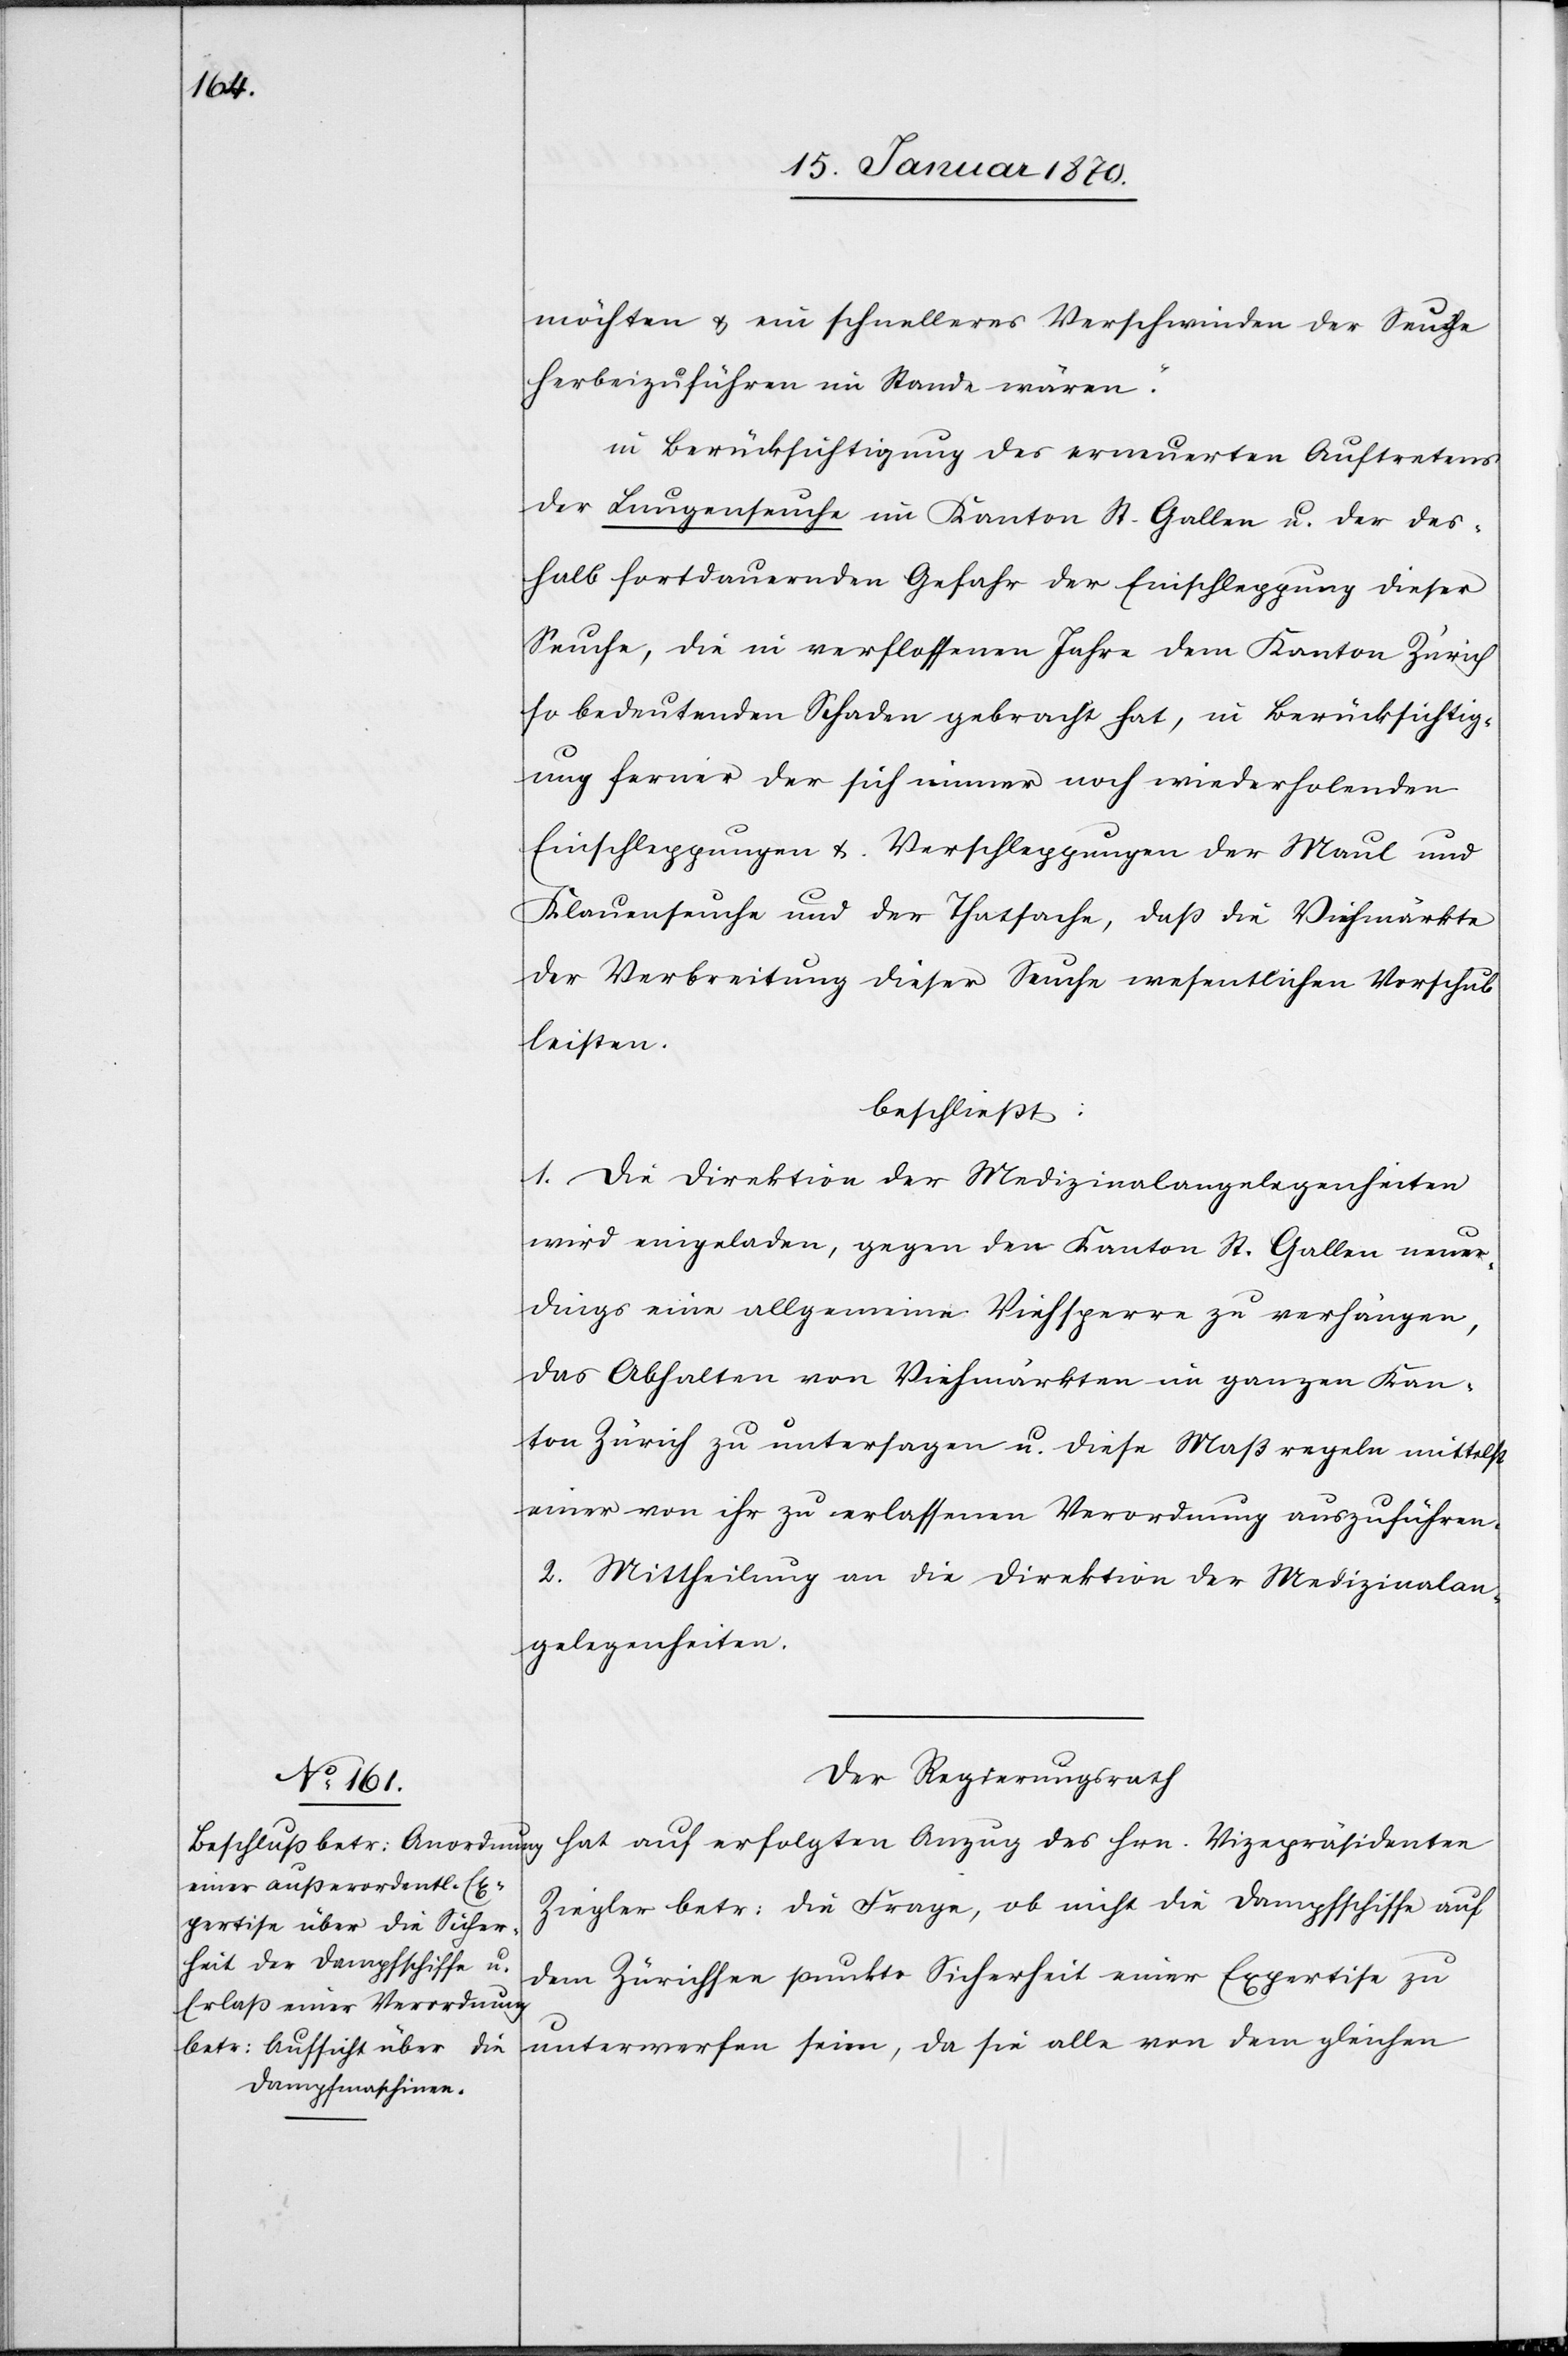
möchten u. ein schnelleres Verschwinden der Seuche
herbeizuführen im Stande wären.“
in Berücksichtigung des erneuerten Auftretens
der Lungenseuche im Kanton St. Gallen u. der des¬
halb fortdauernden Gefahr der Einschleppung dieser
Seuche, die in [sic!] verflossenen Jahre dem Kanton Zürich
so bedeutenden Schaden gebracht hat, in Berücksichtig¬
ung ferner der sich immer noch wiederholenden
Einschleppungen u. Verschleppungen der Maul[-] und
Klauenseuche und der Thatsache, daß die Viehmärkte
der Verbreitung dieser Seuche wesentlichen Vorschub
leisten.
beschließt:
1. Die Direktion der Medizinalangelegenheiten
wird eingeladen, gegen den Kanton St. Gallen neuer¬
dings eine allgemeine Viehsperre zu verhängen,
das Abhalten von Viehmärkten im ganzen Kan¬
ton Zürich zu untersagen u. diese Maßregeln mittelst
einer von ihr zu erlassenen [sic!] Verordnung auszuführen.
2. Mittheilung an die Direktion der Medizinalan¬
gelegenheiten.
Der Regierungsrath
hat auf erfolgten Anzug des Hrn. Vizepräsidenten
Ziegler betr: die Frage, ob nicht die Dampfschiffe auf
dem Zürichsee punkto Sicherheit einer Expertise zu
unterwerfen seien, da sie alle von dem gleichen